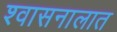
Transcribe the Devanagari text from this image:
श्वासनालात